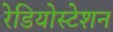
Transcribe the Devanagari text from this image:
रेडियोस्टेशन